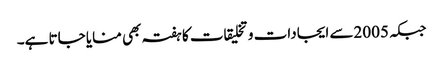
جبکہ 2005سے ایجادات و تخلیقات کا ہفتہ بھی منایا جاتا ہے۔